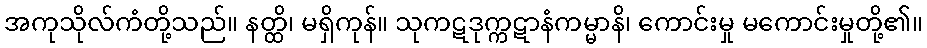
အကုသိုလ်ကံတို့သည်။ နတ္ထိ၊ မရှိကုန်။ သုကဋဒုက္ကဋာနံကမ္မာနိ၊ ကောင်းမှု မကောင်းမှုတို့၏။